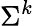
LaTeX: \Sigma^{k}